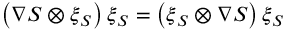
\left( \nabla { S } \otimes \boldsymbol { \xi } _ { S } \right) \boldsymbol { \xi } _ { S } = \left( \boldsymbol { \xi } _ { S } \otimes \nabla { S } \right) \boldsymbol { \xi } _ { S }